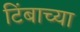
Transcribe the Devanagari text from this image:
टिंबाच्या